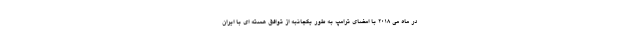
در ماه می 2018 با امضای ترامپ به طور یکجانبه از توافق هسته ای با ایران